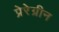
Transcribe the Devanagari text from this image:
प्रेरेग्रीन